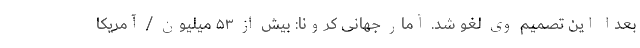
بعدا این تصمیم وی لغو شد. آمار جهانی کرونا: بیش از ۵۳ میلیون / آمریکا